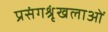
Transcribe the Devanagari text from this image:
प्रसंगश्रृंखलाओं